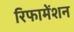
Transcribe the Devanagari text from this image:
रिफामेंशन